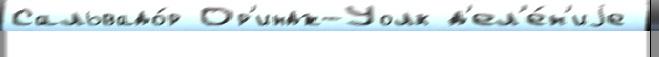
Сальвадо́р Ор'индж-Уолк д'ел'е́н'иjе